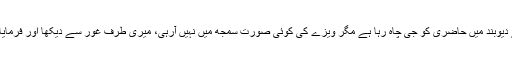
دو چار روز کے لیے دیوبند میں حاضری کو جی چاہ رہا ہے مگر ویزے کی کوئی صورت سمجھ میں نہیں آرہی، میری طرف غور سے دیکھا اور فرمایا اچھا کچھ کرتے ہیں۔